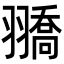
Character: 𦒓